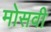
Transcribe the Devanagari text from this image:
मोसवी